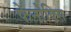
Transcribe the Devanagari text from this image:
फेनोक्सि